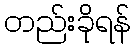
တည်းခိုရန်